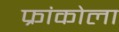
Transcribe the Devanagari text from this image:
फ्रांकोला